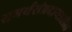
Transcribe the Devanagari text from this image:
समर्थसंप्रदायातील